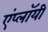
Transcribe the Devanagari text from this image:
एंप्लॉयी